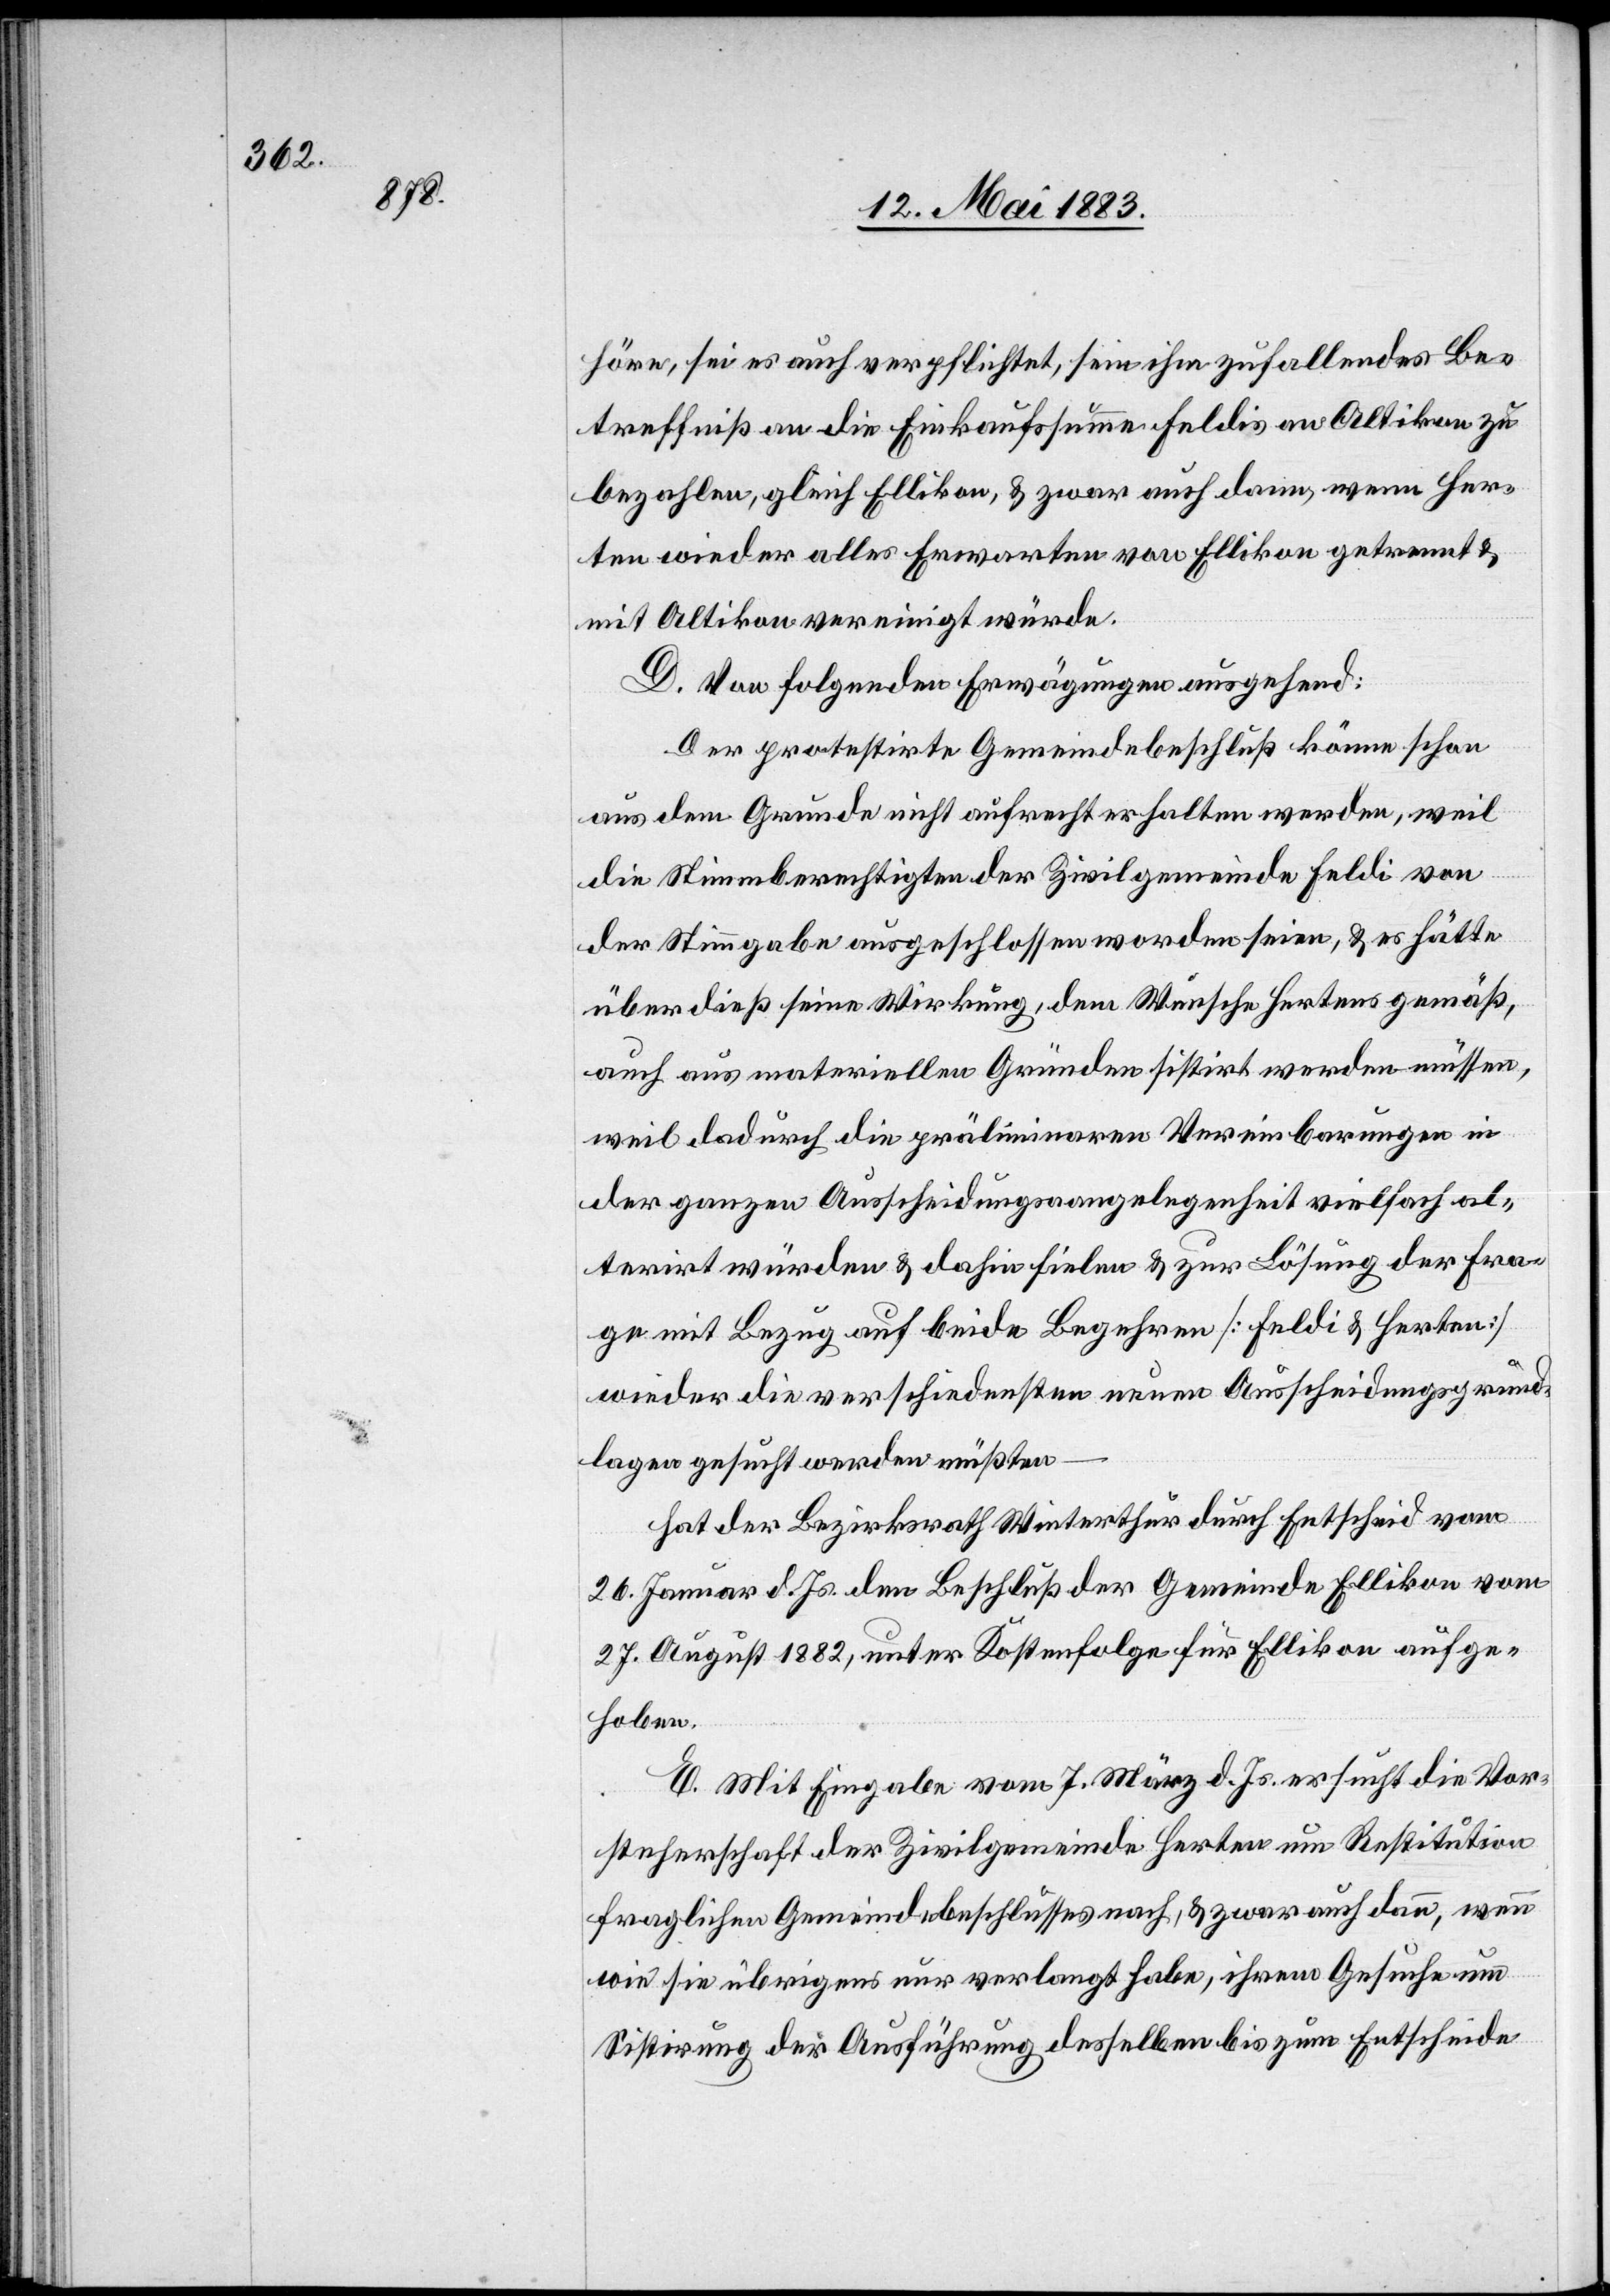
höre, sei es auch verpflichtet, sein ihm zufallendes Be¬
treffniß an die Einkaufssumme Feldis an Altikon zu
bezahlen, gleich Ellikon, & zwar auch dann, wenn Her¬
ten wieder [sic!] alles Erwarten von Ellikon getrennt &
mit Altikon vereinigt würde.
D. Von folgenden Erwägungen ausgehend:
Der protestirte Gemeindebeschluß könne schon
aus dem Grunde nicht aufrecht erhalten werden, weil
die Stimmberechtigten der Zivilgemeinde Feldi von
der Stimmgabe ausgeschlossen worden seien, & es hätte
überdieß seine Wirkung, dem Wunsche Hertens gemäß,
auch aus materiellen Gründen sistirt werden müssen,
weil dadurch die präliminaren Vereinbarungen in
der ganzen Ausscheidungsangelegenheit vielfach al¬
terirt würden & dahin fielen & zur Lösung der Fra¬
ge mit Bezug auf beide Begehren [Feldi & Herten]
wieder die verschiedensten neuen Ausscheidungsgrund¬
lagen gesucht werden müßten
hat der Bezirksrath Winterthur durch Entscheid vom
26. Jenner d. Js. dem Beschluß der Gemeinde Ellikon vom
27. August 1882, unter Kostenfolge für Ellikon aufge¬
hoben.
E. Mit Eingabe vom 7. März d. Js. ersucht die Vor¬
steherschaft der Zivilgemeinde Herten um Restitution
fraglichen Gemeindebeschlusses nach, & zwar auch dann, wenn
wie sie übrigens nur verlangt habe, ihrem Gesuche um
Sistirung der Ausführung desselben bis zum Entscheide